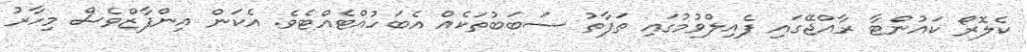
ކެލޮރޯ ކައުންޓާ ރާއްޖޭގައި ފެއިލްވުމުގައި ތަފާތު ސަބަބުތަކެއް އެބަހުއްޓެއްޓެވެ. އެކަން އިންފާޒްވެސް މިހާރު